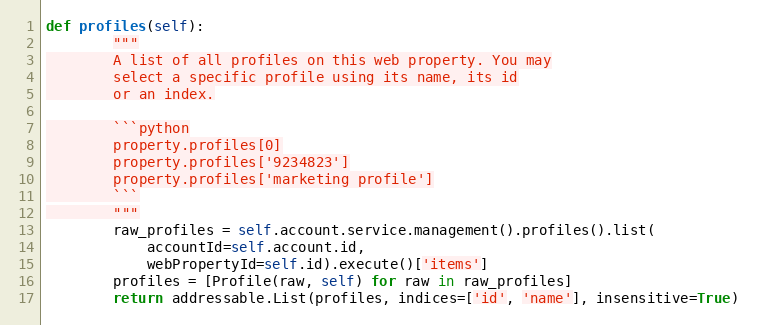
Language: Python
def profiles(self):
        """
        A list of all profiles on this web property. You may
        select a specific profile using its name, its id
        or an index.

        ```python
        property.profiles[0]
        property.profiles['9234823']
        property.profiles['marketing profile']
        ```
        """
        raw_profiles = self.account.service.management().profiles().list(
            accountId=self.account.id,
            webPropertyId=self.id).execute()['items']
        profiles = [Profile(raw, self) for raw in raw_profiles]
        return addressable.List(profiles, indices=['id', 'name'], insensitive=True)